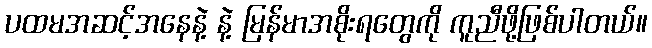
ပထမအဆင့်အနေနဲ့ နဲ့ မြန်မာအစိုးရတွေကို ကူညီဖို့ဖြစ်ပါတယ်။